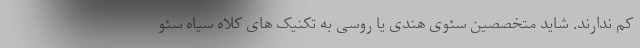
کم ندارند. شاید متخصصین سئوی هندی یا روسی به تکنیک های کلاه سیاه سئو